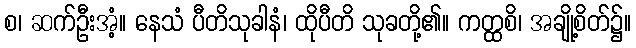
စ၊ ဆက်ဦးအံ့။ နေသံ ပီတိသုခါနံ၊ ထိုပီတိ သုခတို့၏။ ကတ္ထစိ၊ အချို့စိတ်၌။